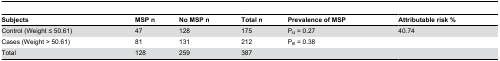
<table><thead><tr><td><b>Subjects</b></td><td><b>MSP n</b></td><td><b>No MSP n</b></td><td><b>Total n</b></td><td><b>Prevalence of MSP</b></td><td><b>Attributable risk %</b></td></tr></thead><tbody><tr><td>Control (Weight ≤ 50.61)</td><td>47</td><td>128</td><td>175</td><td>P<sub>u</sub> = 0.27</td><td>40.74</td></tr><tr><td>Cases (Weight &gt; 50.61)</td><td>81</td><td>131</td><td>212</td><td>P<sub>e</sub> = 0.38</td><td>[EMPTY_CELL]</td></tr><tr><td>Total</td><td>128</td><td>259</td><td>387</td><td>[EMPTY_CELL]</td><td>[EMPTY_CELL]</td></tr></tbody></table>